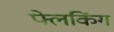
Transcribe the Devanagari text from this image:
फ्लेकिंग